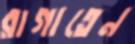
রাগাতেন